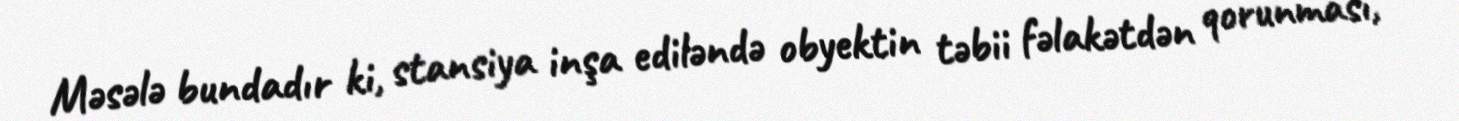
Məsələ bundadır ki, stansiya inşa ediləndə obyektin təbii fəlakətdən qorunması,